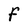
Character: F